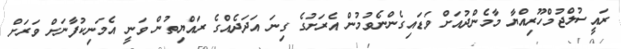
ރައީސުލްޖުމްހޫރިއްޔާ މާމެންދުއަށް ވަޑައިގެންނެވުމުން އެރަށުގެ ގިނަ އަދަދެއްގެ ރައްޔިތުން ވަނީ އެމަނިކުފާނަށް ވަރަށް